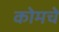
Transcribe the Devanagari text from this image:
कोमचे